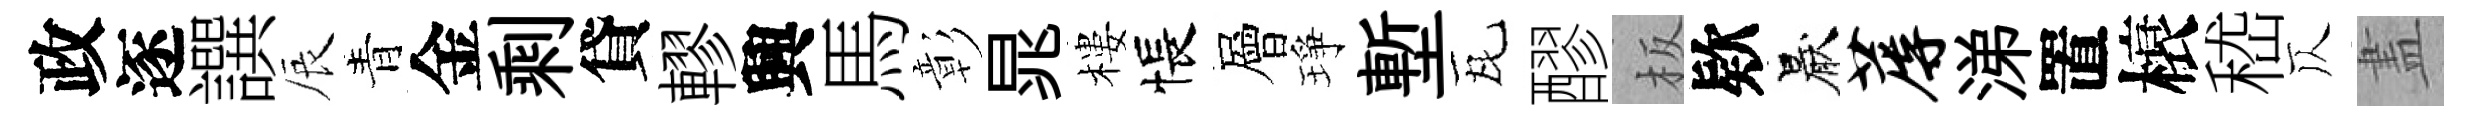
政逐譔辰青金剩貸轇興馬彰晁樓悵層琤塹瓦醪板欵厭蓐涕置榱嵇仄𥁞